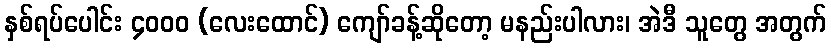
နှစ်ရပ်ပေါင်း ၄၀၀၀ (လေးထောင်) ကျော်ခန့်ဆိုတော့ မနည်းပါလား၊ အဲဒီ သူတွေ အတွက်